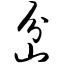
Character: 岔